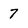
Character: 7